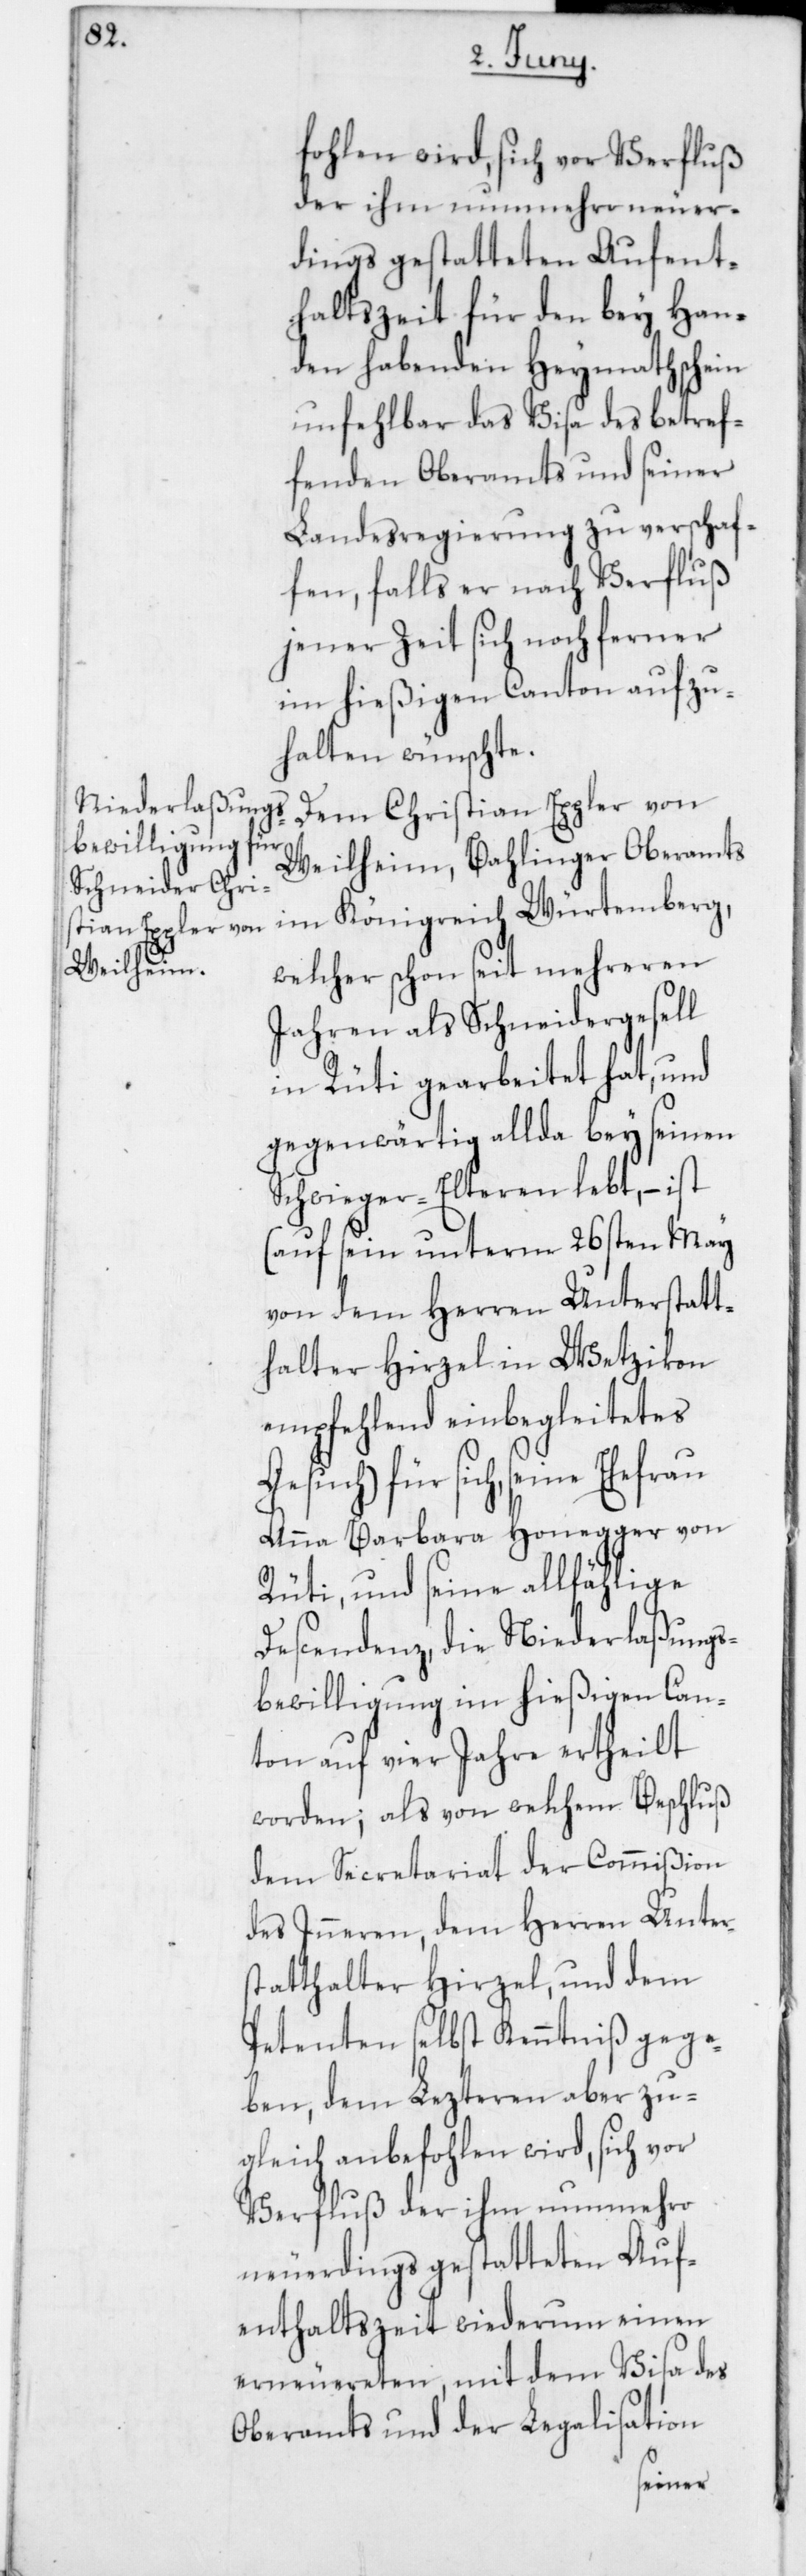
fohlen wird, sich vor Verfluß
der ihm nunmehro neuer¬
dings gestatteten Aufent¬
haltszeit für den bey Han¬
den habenden Heymathschein
unfehlbar das Visa des betref¬
fenden Oberamts und seiner
Landesregierung zu verschaf¬
fen, falls er nach Verfluß
jener Zeit sich noch ferner
im hießigen Canton aufzu¬
halten wünschte.
Dem Christian Eppler von
Weilheim, Bahlinger Oberamts
im Königreich Würtemberg,
welcher schon seit mehreren
Jahren als Schneidergesell
in Rüti gearbeitet hat, und
gegenwärtig allda bey seinen
Schwieger-Elteren lebt, – ist
(auf sein unterm 26sten May
von dem Herren Unterstatt¬
halter Hirzel in Wetzikon
empfehlend einbegleitetes
Gesuch) für sich, seine
Anna Barbara Honegger von
Rüti, und seine allfählige
Descendenz, die Niederlaßungs¬
bewilligung im hießigen Can¬
ton auf vier Jahre ertheilt
worden; als von welchem Beschluß
dem Secretariat der Commißion
des Inneren, dem Herren Unter¬
statthalter Hirzel und dem
Petenten selbst Kenntniß gege¬
ben, dem lezteren aber zu¬
gleich anbefohlen wird, sich vor
Verfluß der ihm nunmehro
neuerdings gestatteten Auf¬
enthaltszeit wiederum einen
erneuereten, mit dem Visa des
Oberamts und der Legalisation